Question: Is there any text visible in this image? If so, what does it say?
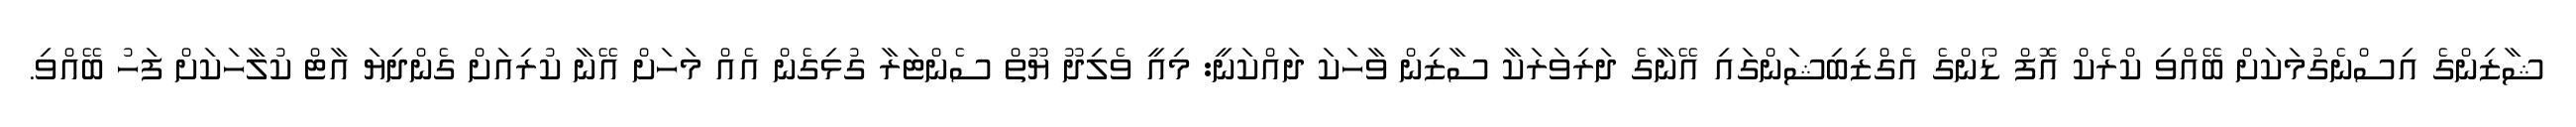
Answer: ޝާޒިންގެ އިސްނެގުމަކަށް ބޭއްވި ކްރެކް އޮފް ޑޯންގެ އެގްޒިބިޝަންގައި އޭނާގެ ދަރިވަރަކާ ސާޒިން ވާހަކަ ދައްކަނީ: މިއީ ވެލިދޫ ޔޫތް ސެންޓަރާ ގުޅިގެން އެއް މަހަށް އޭނާ ކުރިއަށް ގެންދިޔަ އާޓް ކުލާހަކަށް ފަހު ބޭއްވި.